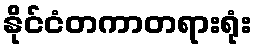
နိုင်ငံတကာတရားရုံး